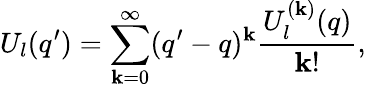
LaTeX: U_{l}(q^{\prime})=\sum_{\mathbf{k}=0}^{\infty}(q^{\prime}-q)^{\mathbf{k}}\frac{{U_{l}^{(\mathbf{k})}(q)}}{{\mathbf{k}!}},